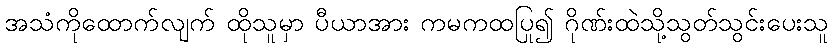
အသံကိုထောက်လျက် ထိုသူမှာ ပီယာအား ကမကထပြု၍ ဂိုဏ်းထဲသို့သွတ်သွင်းပေးသူ